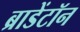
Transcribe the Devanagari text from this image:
ब्राडेंटॉन